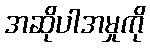
အဆိုပါအမှုကို